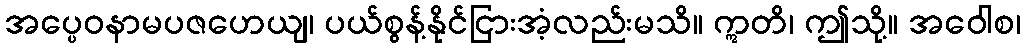
အပ္ပေဝနာမပဇဟေယျ၊ ပယ်စွန့်နိုင်ငြားအံ့လည်းမသိ။ ဣတိ၊ ဤသို့။ အဝေါစ၊